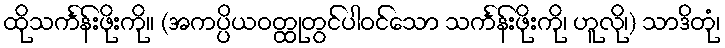
ထိုသင်္ကန်းဖိုးကို။ (အကပ္ပိယဝတ္ထုတွင်ပါဝင်သော သင်္ကန်းဖိုးကို၊ ဟူလို၊) သာဒိတုံ၊